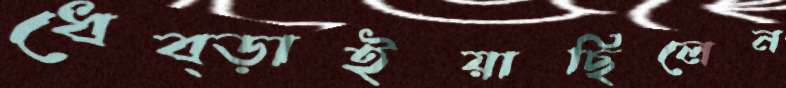
ধেব্‌ড়াইয়াছিলেন